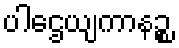
ပါဌေယျကာနဉ္စ